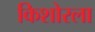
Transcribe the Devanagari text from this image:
किशोरला